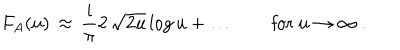
F _ { A } ( u ) \, \approx \, { \frac { \mathrm { i } } { \pi } } 2 \, \sqrt { 2 u } \, \mathrm { l o g } \, u + \ldots \qquad \mathrm { f o r ~ } u \to \infty \ .